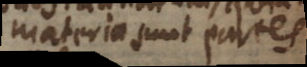
materia sunt partes